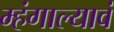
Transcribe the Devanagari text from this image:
म्हंगाल्यावं